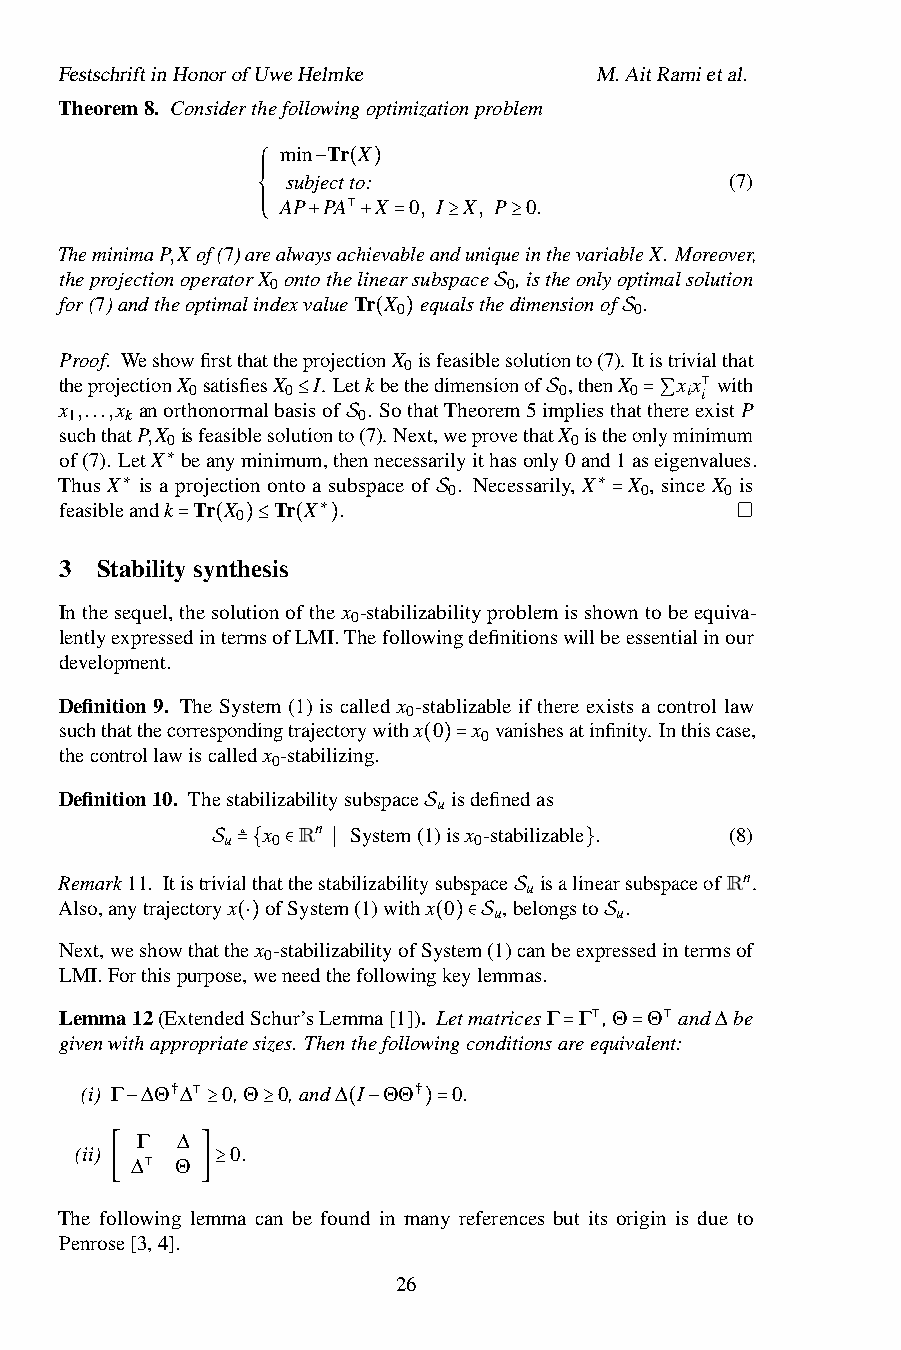
FestschriftinHonorofUweHelmke      M.AitRamietal.
 Theorem8. Considerthefollowingoptimizationproblem
 min Tr X
 subjectto:                   (7)
 ⎧ ⎪⎪⎪ AP −PA( )X 0, I X, P 0.
 ⎨
 TheminimaP,X
 of(7)ar⎪⎪⎪ ⎩ealwa+ysa⊺
 ch+ieva=blean≥duniqu≥einthevariableX. Moreover,
 theprojectionoperatorX ontothelinearsubspace ,istheonlyoptimalsolution
 0               0
 for(7)andtheoptimalindexvalueTr X equalsthedimensionof .
 0               0
 S
 ( )             S
 Proof. WeshowfirstthattheprojectionX isfeasiblesolutionto(7). Itistrivialthat
 0
 theprojectionX satisfiesX I. Letkbethedimensionof ,thenX xx with
 0     0                 0    0  i i
 x 1,...,x
 k
 anorthonormalbasisof 0. SothatTheorem5impliesthattheree⊺xistP
 suchthatP,X isfeasiblesolu≤tionto(7). Next,weprovethaStX istheon=l∑yminimum
 0                          0
 of(7). LetX beanyminimum,thSennecessarilyithasonly0and1aseigenvalues.
 Thus X is a∗projection onto a subspace of 0. Necessarily, X X 0, since X
 0
 is
 feasible∗andk Tr X 0 Tr X .        ∗
 S          =
 ∗
 = ( )≤  ( )
 3 Stabilitysynthesis
 Inthesequel,thesolutionofthex -stabilizabilityproblemisshowntobeequiva-
 0
 lentlyexpressedintermsofLMI.Thefollowingdefinitionswillbeessentialinour
 development.
 Definition 9. The System (1) is called x -stablizable if there exists a control law
 0
 suchthatthecorrespondingtrajectorywithx 0 x vanishesatinfinity. Inthiscase,
 0
 thecontrollawiscalledx -stabilizing.
 0
 ( )=
 Definition10. Thestabilizabilitysubspace isdefinedas
 u
 x  Rn System(1)isx -stabilizable . (8)
 u  0         S  0
 Remark11. ItistrSivia≜l{that∈thest∣abilizabilitysubspace isalin}earsubspaceofRn.
 u
 Also,anytrajectoryx ofSystem(1)withx 0 ,belongsto .
 u       u
 S
 Next,weshowthatth(e⋅)x 0-stabilizabilityofSy(st)em∈S(1)canbeexpSressedintermsof
 LMI.Forthispurpose,weneedthefollowingkeylemmas.
 Lemma12(ExtendedSchur’sLemma[1]). LetmatricesΓ Γ ,Θ Θ and∆be
 givenwithappropriatesizes. Thenthefollowingconditionsareequivalent:
 ⊺    ⊺
 =    =
 (i) Γ ∆Θ†∆ 0,Θ 0,and∆ I ΘΘ† 0.
 ⊺
 −Γ  ∆ ≥  ≥     ( −  )=
 (ii)      0.
 ∆  Θ
 [  ⊺  ]≥
 The following lemma can be found in many references but its origin is due to
 Penrose[3,4].
 26